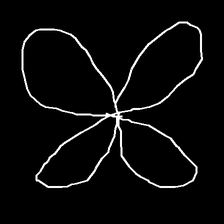
Glyph: billowing